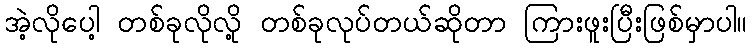
အဲ့လိုပေါ့ တစ်ခုလိုလို့ တစ်ခုလုပ်တယ်ဆိုတာ ကြားဖူးပြီးဖြစ်မှာပါ။